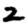
Digit: 2